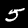
Label: 5